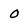
Character: o